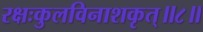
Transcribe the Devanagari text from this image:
रक्षःकुलविनाशकृत्‌॥८॥